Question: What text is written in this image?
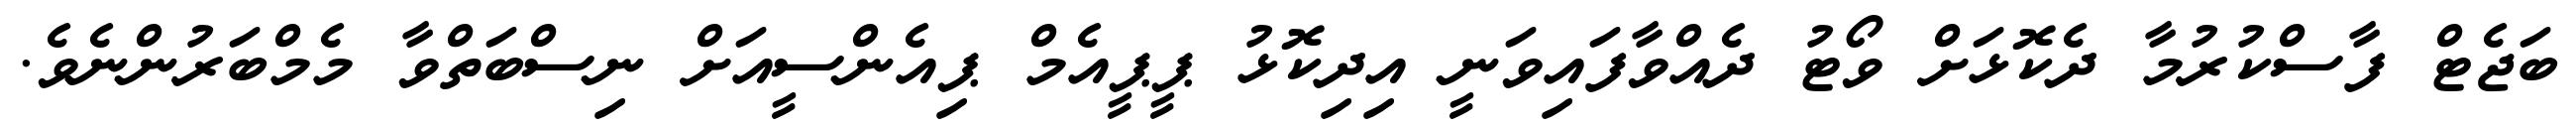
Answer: ބަޖެޓް ފާސްކުރުމާ ދެކޮޅަށް ވޯޓު ދެއްވާފައިވަނީ އިދިކޮޅު ޕީޕީއެމް ޕިއެންސީއަށް ނިސްބަތްވާ މެމްބަރުންނެވެ.